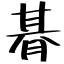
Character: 朞